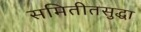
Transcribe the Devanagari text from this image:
समितीतसुद्धा